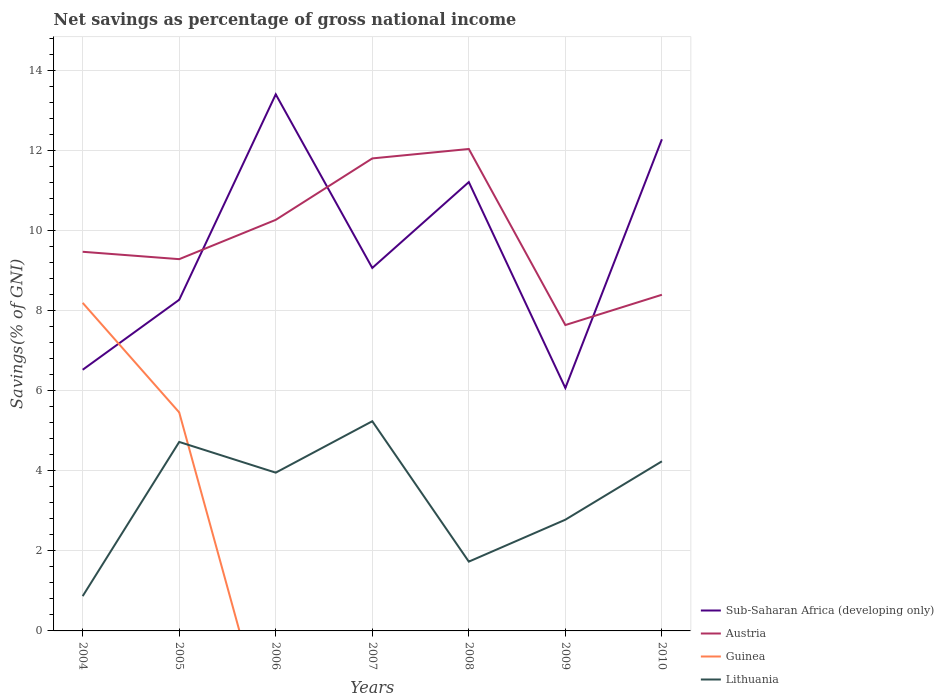
| Years | Sub-Saharan Africa (developing only) | Austria | Guinea | Lithuania |
 | --- | --- | --- | --- | --- |
 | 2004 | 6.53 | 9.48 | 8.2 | 0.869 |
 | 2005 | 8.28 | 9.29 | 5.46 | 4.72 |
 | 2006 | 13.4 | 10.3 | -3.29 | 3.96 |
 | 2007 | 9.07 | 11.8 | -12.6 | 5.24 |
 | 2008 | 11.2 | 12 | -5.05 | 1.73 |
 | 2009 | 6.07 | 7.64 | -11.5 | 2.78 |
 | 2010 | 12.3 | 8.4 | -15.5 | 4.24 |